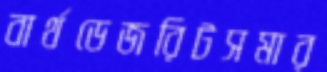
বার্থডেজরিটসমার